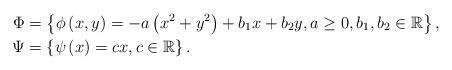
LaTeX: \begin{align*}\Phi & =\left\{ \phi\left(x,y\right)=-a\left(x^{2}+y^{2}\right)+b_{1}x+b_{2}y,a\geq0,b_{1},b_{2}\in\mathbb{R}\right\} ,\\\Psi & =\left\{ \psi\left(x\right)=cx,c\in\mathbb{R}\right\} .\end{align*}